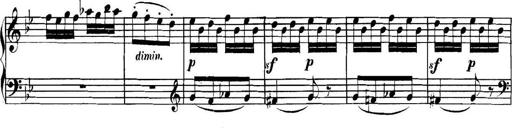
Title: Collected Piano Sonatas
Composer: Muzio Clementi